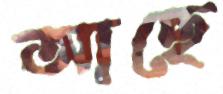
আছে